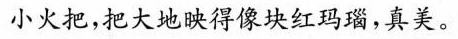
小火把，把大地映得像块红玛瑙，真美。